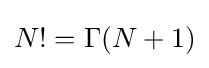
N!=\Gamma (N+1)